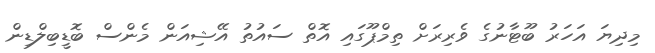
މިދިޔަ އަހަރު ބޫޓާނުގެ ވެރިރަށް ތިމްޕޫގައި އޮތް ސައުތު އޭޝިއަން މެންސް ބޮޑީބިލްޑިން